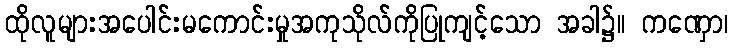
ထိုလူများအပေါင်းမကောင်းမှုအကုသိုလ်ကိုပြုကျင့်သော အခါ၌။ ကဏှော၊